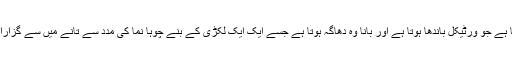
تانا وہ دھاگہ ہوتا ہے جو ورٹیکل باندھا ہوتا ہے اور بانا وہ دھاگہ ہوتا ہے جسے ایک ایک لکڑی کے بنے چوہا نما کی مدد سے تانے میں سے گزارا جا رھا ہوتا ہے۔